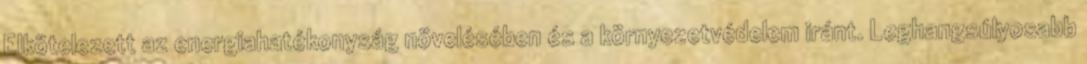
Elkötelezett az energiahatékonyság növelésében és a környezetvédelem iránt. Leghangsúlyosabb